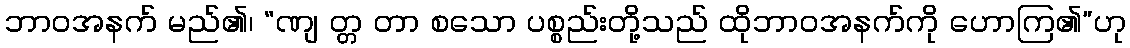
ဘာဝအနက် မည်၏၊ “ဏျ တ္တ တာ စသော ပစ္စည်းတို့သည် ထိုဘာဝအနက်ကို ဟောကြ၏”ဟု